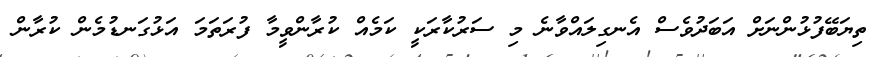
ތިޔަބޭފުޅުންނަށް އަބަދުވެސް އެނގިލައްވާނެ މި ސަރުކާރަކީ ކަމެއް ކުރާންވީމާ ފުރަތަމަ އަޅުގަނޑުމެން ކުރާން